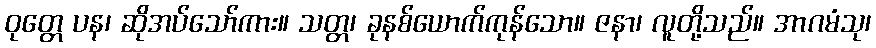
ဝုတ္တေ ပန၊ ဆိုအပ်သော်ကား။ သတ္တ၊ ခုနစ်ယောက်ကုန်သော။ ဇနာ၊ လူတို့သည်။ အာဂမံသု၊